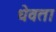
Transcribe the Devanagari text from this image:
धेवता